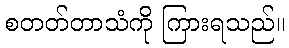
စတတ်တာသံကို ကြားရသည်။